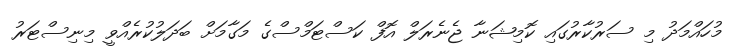
މުހައްމަދު މި ސަރުކާރުގައި ކޮމިޝަނާ ޖެނެރަލް އޮފް ކަސްޓަމްސްގެ މަގާމަށް ބަދަލުކުރެއްވީ މިނިސްޓަރު